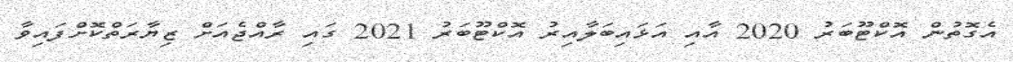
އެގޮތުން އޮކްޓޫބަރު 2020 އާއި އަޅައިބަލާއިރު އޮކްޓޫބަރު 2021 ގައި ރާއްޖެއަށް ޒިޔާރަތްކޮށްފައިވާ